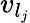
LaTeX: v_{l_{j}}